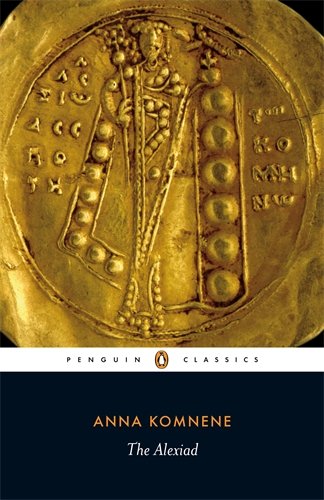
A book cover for The Alexiad (Penguin Classics); Anna Komnene; Biographies & Memoirs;